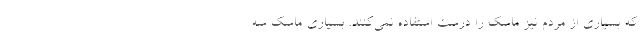
که بسیاری از مردم نیز ماسک را درست استفاده نمی‌کنند. بسیاری ماسک سه